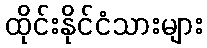
ထိုင်းနိုင်ငံသားများ